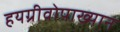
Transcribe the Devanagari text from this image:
हयग्रीवोपाख्यान